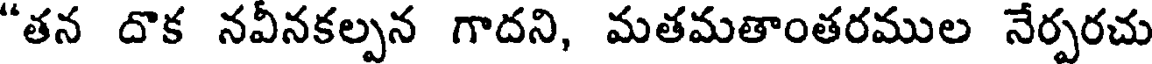
"తన దొక నవీనకల్పన గాదని, మతమతాంతరముల నేర్పరచు